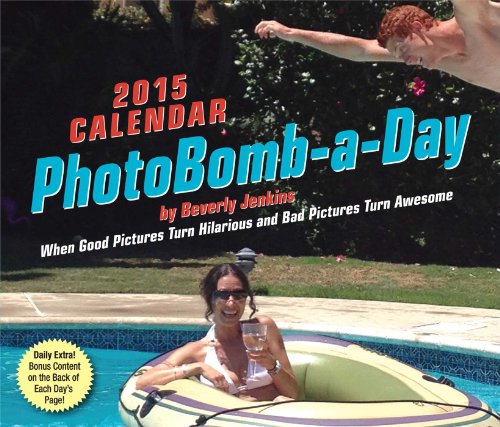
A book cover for PhotoBomb-a-Day 2015 Calendar; Beverly L. Jenkins; Humor & Entertainment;